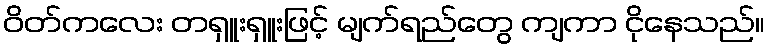
ဝိတ်ကလေး တရှူးရှူးဖြင့် မျက်ရည်တွေ ကျကာ ငိုနေသည်။